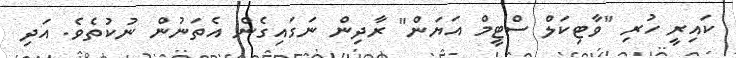
ކައިރީ ހުރި "ވާޓިކަލް ސްޓީމް އަޔަން" ރާދިން ނަގައިގެން އެތަނުން ނުކުތެވެ. އަދި